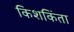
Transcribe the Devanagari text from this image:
किशकिंता